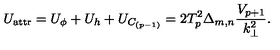
U _ { \mathrm { a t t r } } = U _ { \phi } + U _ { h } + U _ { C _ { ( p - 1 ) } } = 2 T _ { p } ^ { 2 } \Delta _ { m , n } \frac { V _ { p + 1 } } { k _ { \bot } ^ { 2 } } .